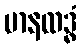
မာနထဒ္ဓံ